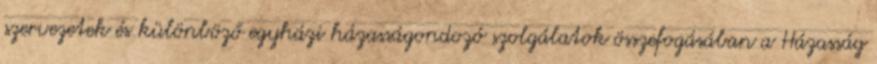
szervezetek és különböző egyházi házasságondozó szolgálatok összefogásában a Házasság